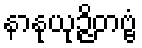
နာနုယုဉ္ဇိတဗ္ဗံ